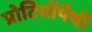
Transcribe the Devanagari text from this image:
प्रोटियोंपैथी